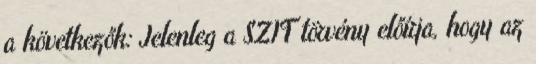
a következők: Jelenleg a SZIT törvény előírja, hogy az